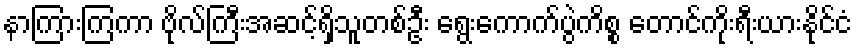
နာကြားကြကာ ဗိုလ်ကြီးအဆင့်ရှိသူတစ်ဦး ရွေးကောက်ပွဲကိစ္စ တောင်ကိုးရီးယားနိုင်ငံ